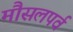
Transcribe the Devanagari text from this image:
मौसलपर्व